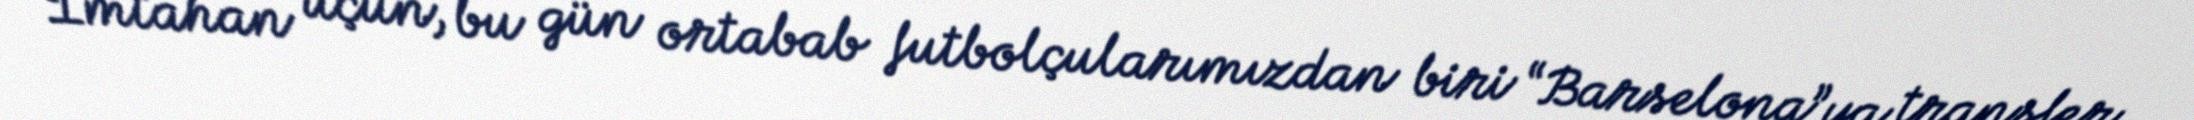
İmtahan üçün, bu gün ortabab futbolçularımızdan biri “Barselona”ya transfer